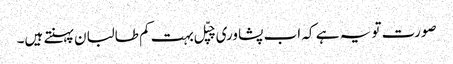
صورت تو یہ ہے کہ اب پشاوری چپّل بہت کم طالبان پہنتے ہیں۔